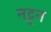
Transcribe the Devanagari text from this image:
नट्टन